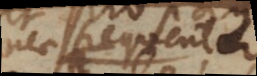
nec frequenter